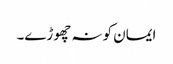
ایمان کو نہ چھوڑے۔